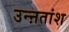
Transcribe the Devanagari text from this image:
उन्ऩतांश